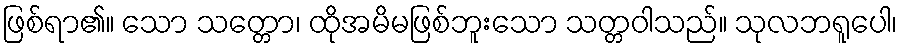
ဖြစ်ရာ၏။ သော သတ္တော၊ ထိုအမိမဖြစ်ဘူးသော သတ္တဝါသည်။ သုလဘရူပေါ၊